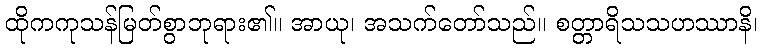
ထိုကကုသန်မြတ်စွာဘုရား၏။ အာယု၊ အသက်တော်သည်။ စတ္တာရိသသဟဿာနိ၊